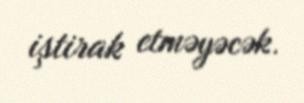
iştirak etməyəcək.